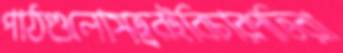
পাঠগুলোসত্বরইবিচারপতিরা